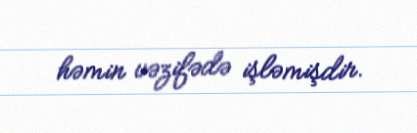
həmin vəzifədə işləmişdir.